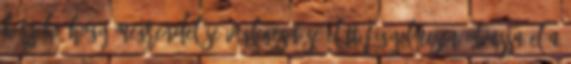
Kérjük, hogy megrendelése véglegesítése előtt figyelmesen olvassa el a